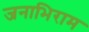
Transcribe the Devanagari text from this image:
जनाभिराम